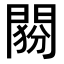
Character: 𨴶